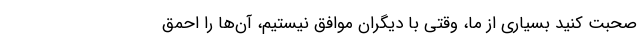
صحبت کنید بسیاری از ما، وقتی با دیگران موافق نیستیم، آن‌ها را احمق